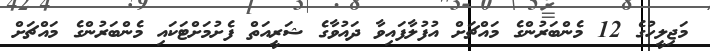
މަޖިލީހުގެ 12 މެންބަރުންގެ މައްޗަށް އުފުލާފައިވާ ދައުވާގެ ޝަރީއަތް ފެށުމަށްޓަކައި މެންބަރުންގެ މައްޗަށް